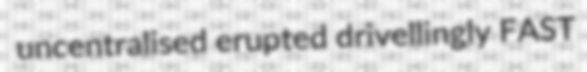
uncentralised erupted drivellingly FAST